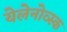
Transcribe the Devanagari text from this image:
येलेनोव्स्क